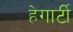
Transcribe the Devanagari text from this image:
हेगार्टी